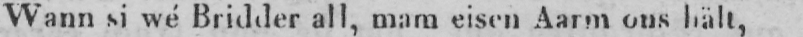
Wann si wé Bridder all, mam eisen Aarm ons hält,